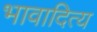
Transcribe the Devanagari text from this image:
भावादित्य